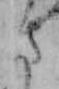
さ